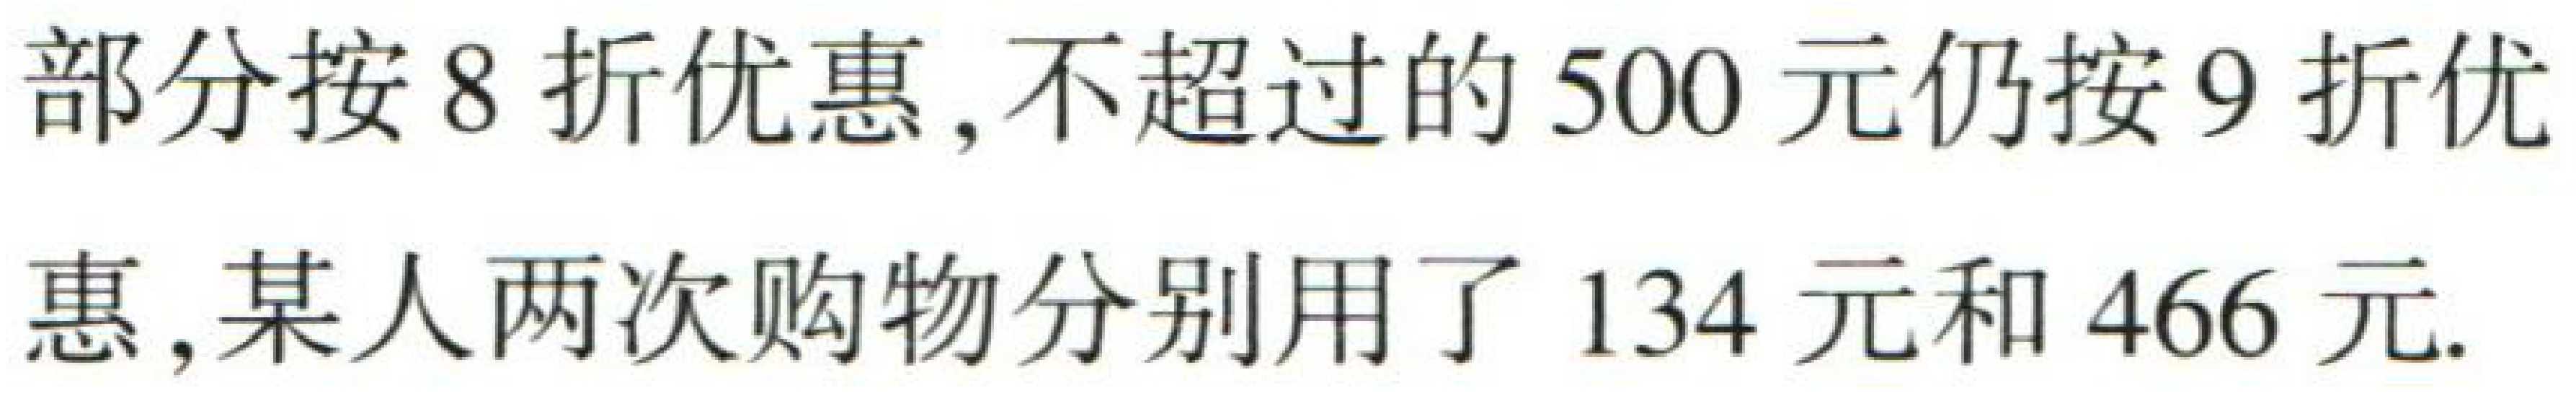
部分按8折优惠, 不超过的500元仍按9折优

惠, 某人两次购物分别用了134元和466元.